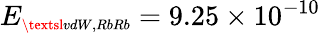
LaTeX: E_{\scriptscriptstyle\textsl{vdW,RbRb}}=9.25\times 10^{-10}